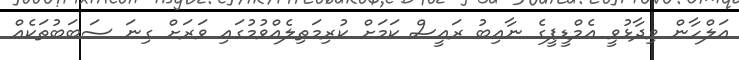
އަލްހާން ވިދާޅުވީ އެމްޑީޕީގެ ނާއިބު ރައީސް ކަމަށް ކުރިމަތިލެއްވުމުގައި ވަރަށް ގިނަ ސަބަބުތަކެއް